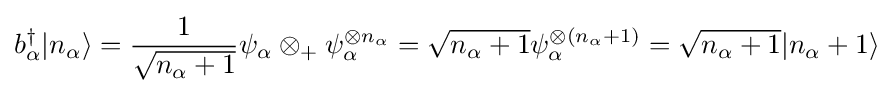
b_{\alpha }^{\dagger }|n_{\alpha }\rangle ={\frac {1}{\sqrt {n_{\alpha }+1}}}\psi _{\alpha }\otimes _{+}\psi _{\alpha }^{\otimes n_{\alpha }}={\sqrt {n_{\alpha }+1}}\psi _{\alpha }^{\otimes (n_{\alpha }+1)}={\sqrt {n_{\alpha }+1}}|n_{\alpha }+1\rangle